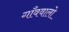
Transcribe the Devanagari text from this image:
गाँववालो